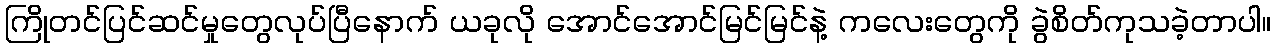
ကြိုတင်ပြင်ဆင်မှုတွေလုပ်ပြီနောက် ယခုလို အောင်အောင်မြင်မြင်နဲ့ ကလေးတွေကို ခွဲစိတ်ကုသခဲ့တာပါ။